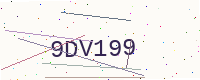
Text: 9DV199